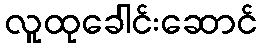
လူထုခေါင်းဆောင်